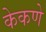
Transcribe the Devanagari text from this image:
केकणे